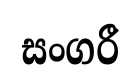
සංගරී